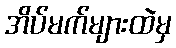
အိပ်မက်များထဲမှ